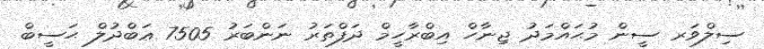
ސިލްވަރ ސީން މުޙައްމަދު ޖިނާހް އިބްރާހީމް ދަފްތަރު ނަންބަރު 7505 ޢަބްދުލް ޙަސީބް